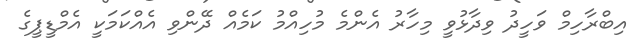
އިބްރާހިމް ވަހީދު ވިދާޅުވީ މިހާރު އެންމެ މުހިއްމު ކަމެއް ދޭންވި އެއްކަމަކީ އެމްޑީޕީގެ